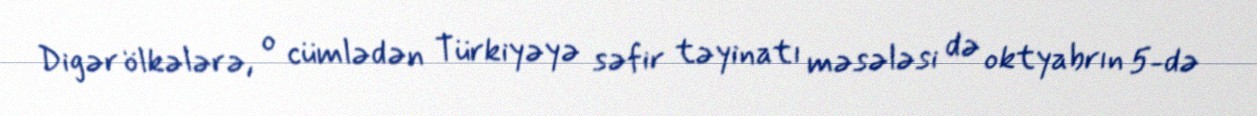
Digər ölkələrə, o cümlədən Türkiyəyə səfir təyinatı məsələsi də oktyabrın 5-də